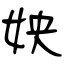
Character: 姎